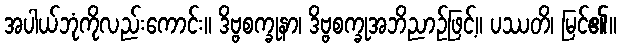
အပါယ်ဘုံကိုလည်းကောင်း။ ဒိဗ္ဗစက္ခုနာ၊ ဒိဗ္ဗစက္ခုအဘိညာဉ်ဖြင့်။ ပဿတိ၊ မြင်၏။